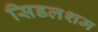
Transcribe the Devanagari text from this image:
सिडलशम